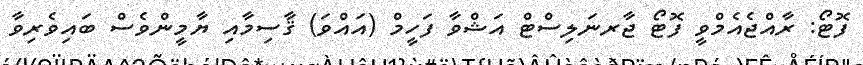
ފޮޓޯ: ރާއްޖެއެމްވީ ފޮޓޯ ޖާރނަލިސްޓް އަޝްވާ ފަހީމް (އައްވަ) ޤާސިމާއި ޔާމީންވެސް ބައިވެރިވާ